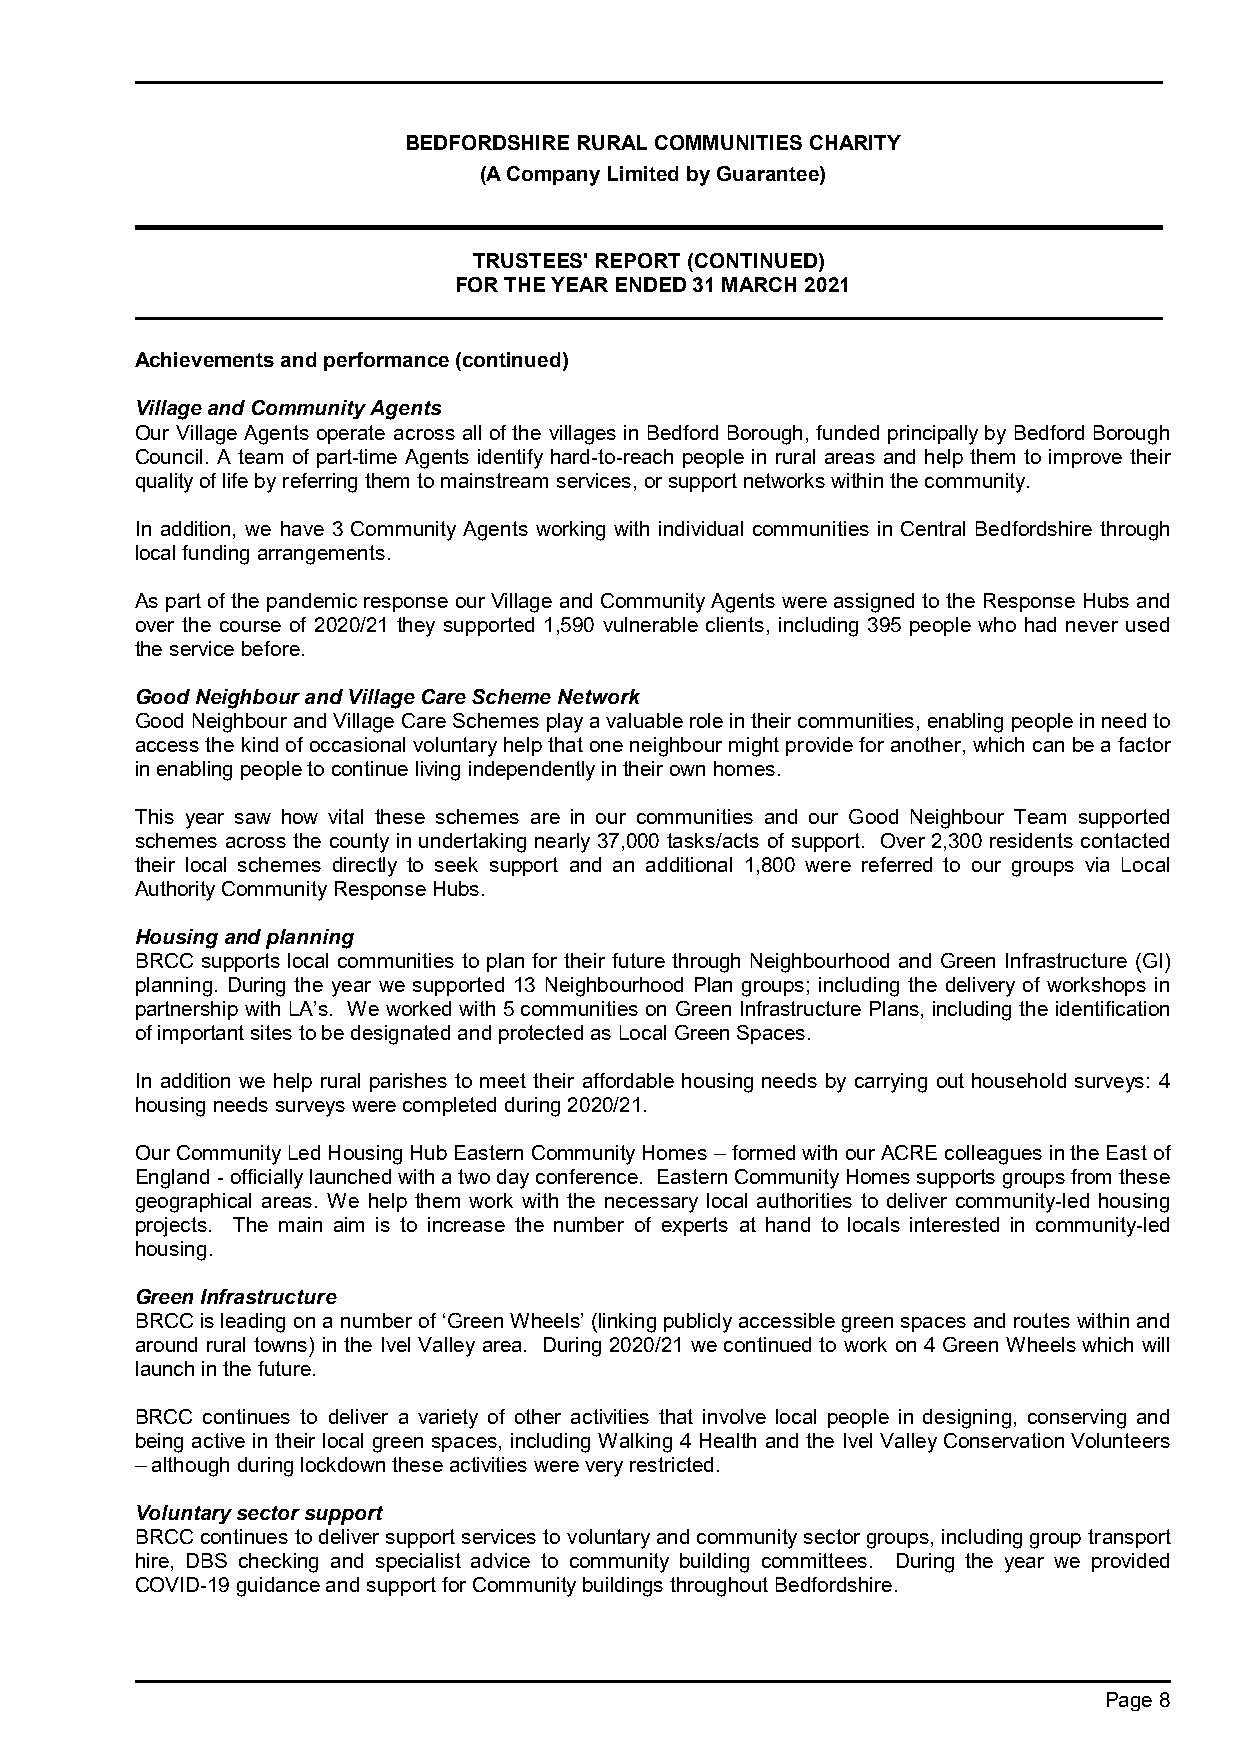
BEDFORDSHIRE RURAL COMMUNITIES CHARITY
 (A Company Limited by Guarantee)
 TRUSTEES' REPORT (CONTINUED)
 FOR THE YEAR ENDED 31 MARCH 2021
 Achievements and performance (continued)
 Village and Community Agents
 Our Village Agents operate across all of the villages in Bedford Borough, funded principally by Bedford Borough
 Council. A team of part-time Agents identify hard-to-reach people in rural areas and help them to improve their
 quality of life by referring them to mainstream services, or support networks within the community.
 In addition, we have 3 Community Agents working with individual communities in Central Bedfordshire through
 local funding arrangements.
 As part of the pandemic response our Village and Community Agents were assigned to the Response Hubs and
 over the course of 2020/21 they supported 1,590 vulnerable clients, including 395 people who had never used
 the service before.
 Good Neighbour and Village Care Scheme Network
 Good Neighbour and Village Care Schemes play a valuable role in their communities, enabling people in need to
 access the kind of occasional voluntary help that one neighbour might provide for another, which can be a factor
 in enabling people to continue living independently in their own homes.
 This year saw how vital these schemes are in our communities and our Good Neighbour Team supported
 schemes across the county in undertaking nearly 37,000 tasks/acts of support. Over 2,300 residents contacted
 their local schemes directly to seek support and an additional 1,800 were referred to our groups via Local
 Authority Community Response Hubs.
 Housing and planning
 BRCC supports local communities to plan for their future through Neighbourhood and Green Infrastructure (GI)
 planning. During the year we supported 13 Neighbourhood Plan groups; including the delivery of workshops in
 partnership with LA’s. We worked with 5 communities on Green Infrastructure Plans, including the identification
 of important sites to be designated and protected as Local Green Spaces.
 In addition we help rural parishes to meet their affordable housing needs by carrying out household surveys: 4
 housing needs surveys were completed during 2020/21.
 Our Community Led Housing Hub Eastern Community Homes – formed with our ACRE colleagues in the East of
 England - officially launched with a two day conference. Eastern Community Homes supports groups from these
 geographical areas. We help them work with the necessary local authorities to deliver community-led housing
 projects. The main aim is to increase the number of experts at hand to locals interested in community-led
 housing.
 Green Infrastructure
 BRCC is leading on a number of ‘Green Wheels’ (linking publicly accessible green spaces and routes within and
 around rural towns) in the Ivel Valley area. During 2020/21 we continued to work on 4 Green Wheels which will
 launch in the future.
 BRCC continues to deliver a variety of other activities that involve local people in designing, conserving and
 being active in their local green spaces, including Walking 4 Health and the Ivel Valley Conservation Volunteers
 – although during lockdown these activities were very restricted.
 Voluntary sector support
 BRCC continues to deliver support services to voluntary and community sector groups, including group transport
 hire, DBS checking and specialist advice to community building committees. During the year we provided
 COVID-19 guidance and support for Community buildings throughout Bedfordshire.
 Page 8